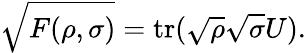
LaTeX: {\sqrt{F(\rho,\sigma)}}=\operatorname{tr}({\sqrt{\rho}}{\sqrt{\sigma}}U).